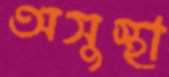
অসুস্থা